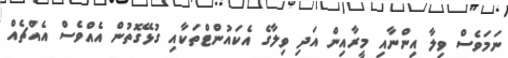
ނަމަވެސް ވިލާ އިންނާއި މީރާއިން އަދި ވިލާގެ އެކައުންޓްތަކާއި ގުޅޭގޮތުން އެއްވެސް އެއްޗެއް